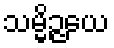
သမ္မိဉ္ဇယေ